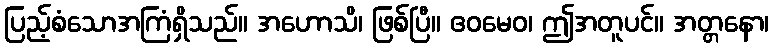
ပြည့်စံသောအကြံရှိသည်။ အဟောသိ၊ ဖြစ်ပြီ။ ဧဝမေဝ၊ ဤအတူပင်။ အတ္တနော၊